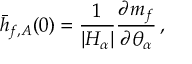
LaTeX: \bar { h } _ { f , A } ( 0 ) = { \frac { 1 } { | H _ { \alpha } | } } { \frac { \partial m _ { f } } { \partial \theta _ { \alpha } } } \, ,